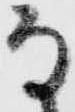
な